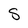
Character: S